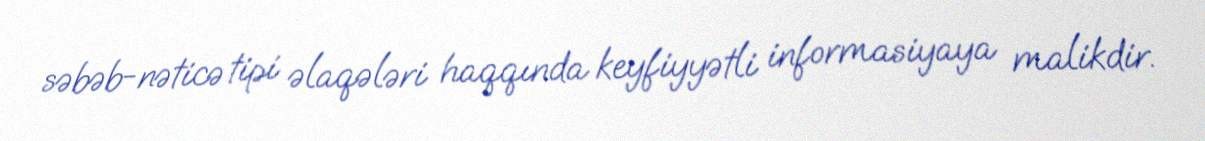
səbəb-nəticə tipi əlaqələri haqqında keyfiyyətli informasiyaya malikdir.